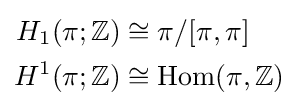
{\begin{aligned}H_{1}(\pi ;\mathbb {Z} )&\cong \pi /[\pi ,\pi ]\\H^{1}(\pi ;\mathbb {Z} )&\cong {\text{Hom}}(\pi ,\mathbb {Z} )\end{aligned}}